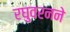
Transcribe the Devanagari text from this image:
रघुवरनने